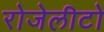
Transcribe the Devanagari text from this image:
रोजेलीटो